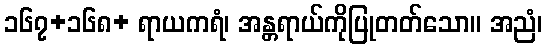
၁၆၇+၁၆၈+ ရာယကရံ၊ အန္တရာယ်ကိုပြုတတ်သော။ အညံ၊